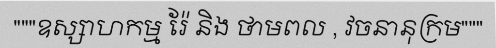
"""ឧស្សាហកម្ម រ៉ែ និង ថាមពល , វចនានុក្រម"""